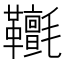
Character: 𩎄